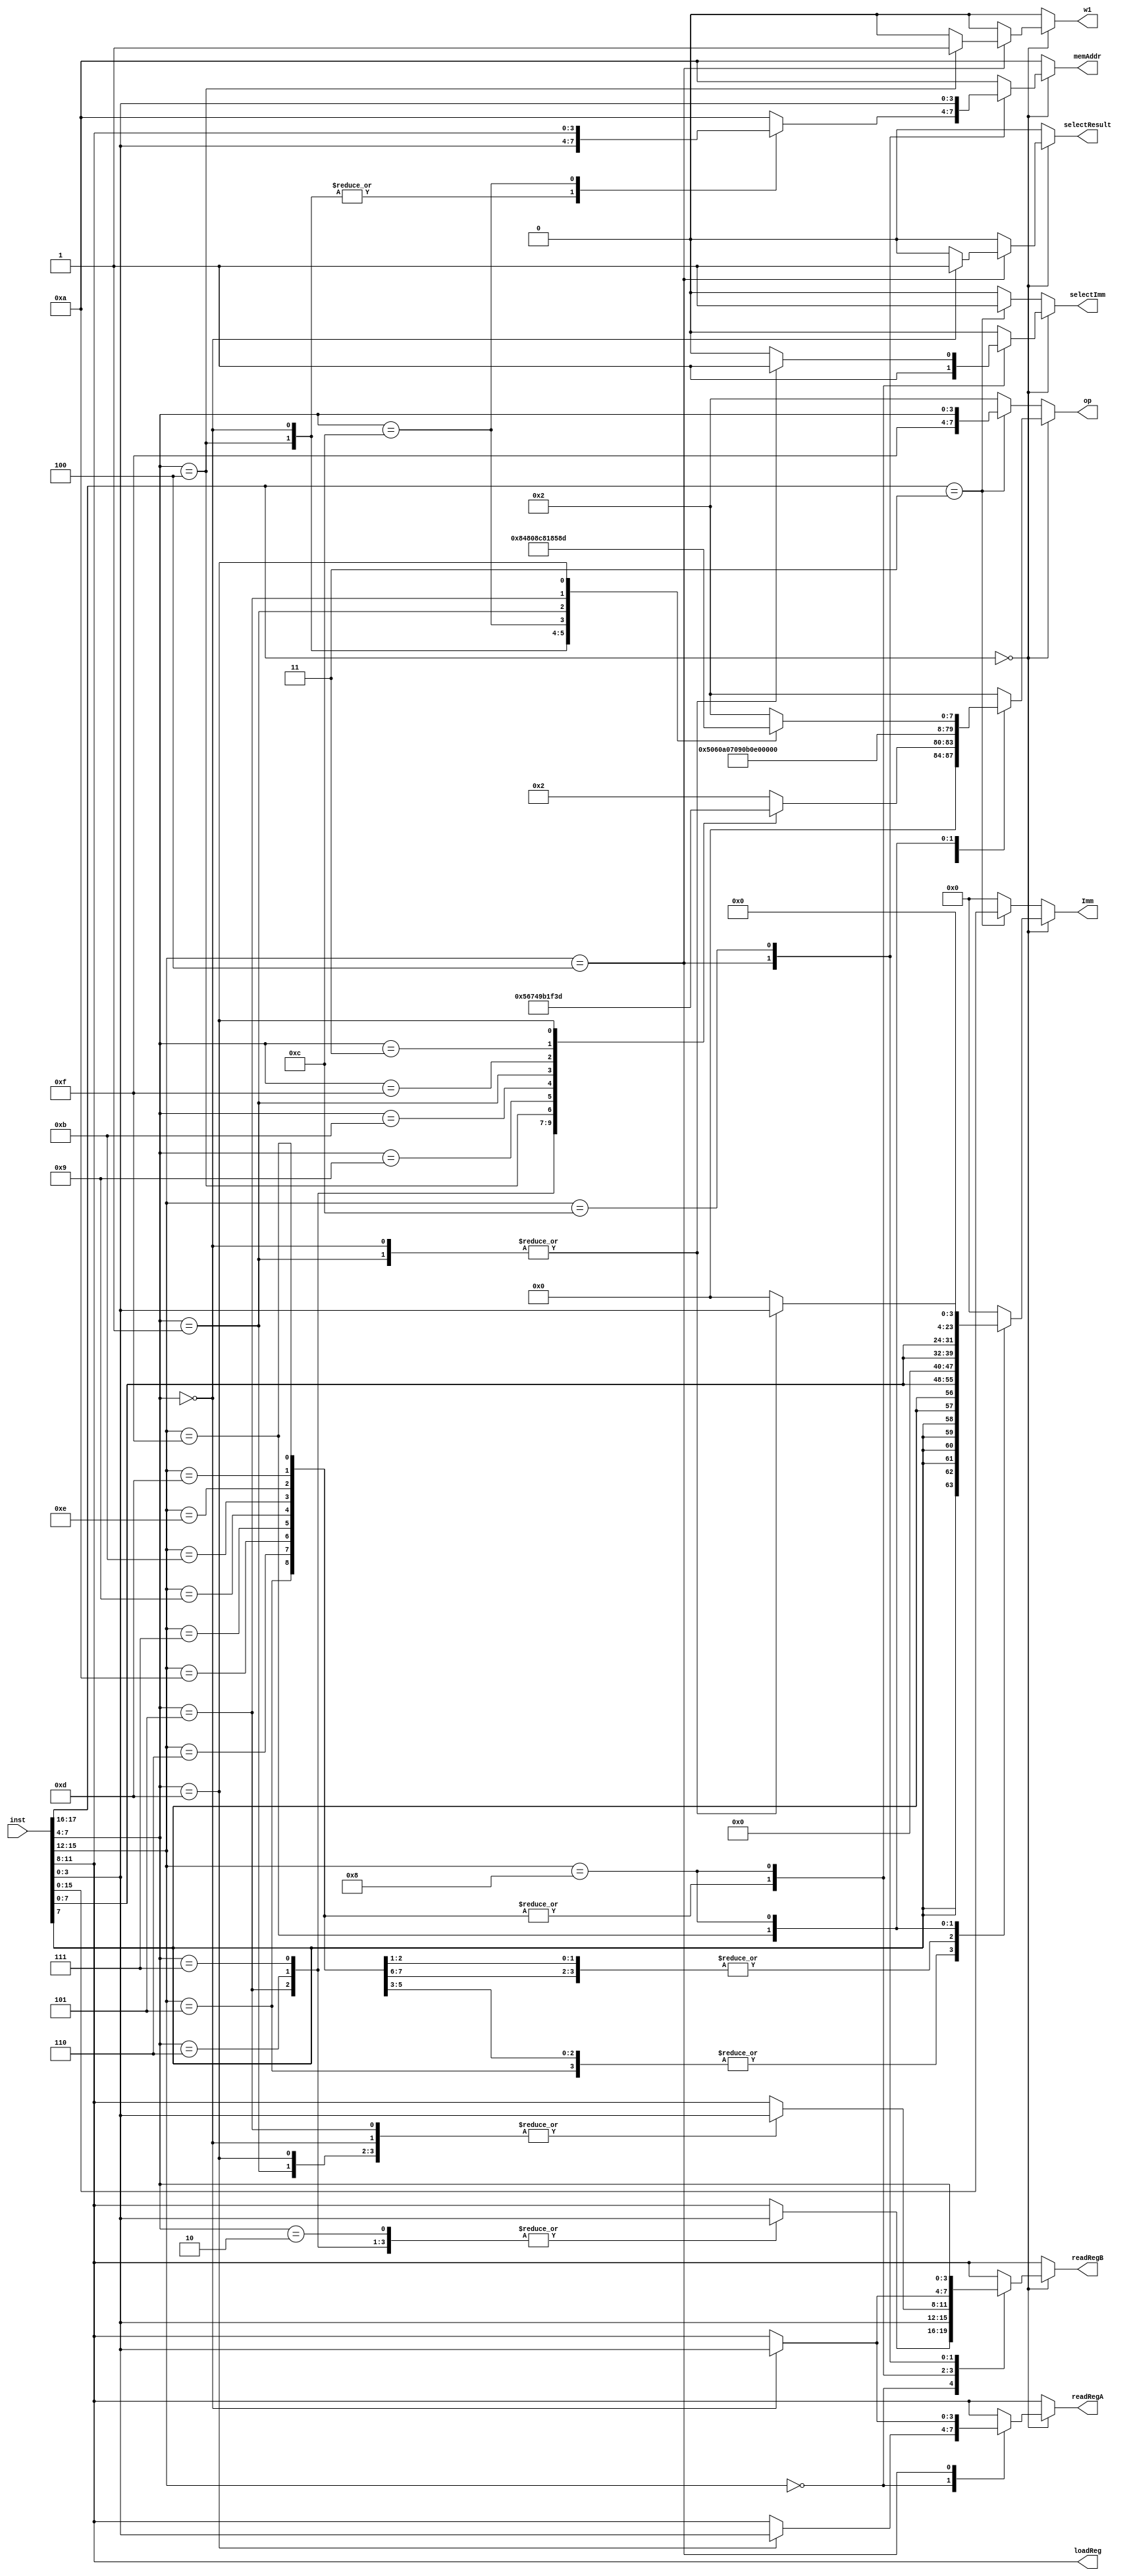
`timescale 1ns / 1ps
//////////////////////////////////////////////////////////////////////////////////
// Company: 
// Engineer: 
// Module Name:    controller 
// Description: controller turns the 8-bit Imm value into a 16-bit immediate value
//      Signed instructions will have a sign-extended immediate value, Unsigned
//      instructions will have eight 0's added to Imm[15:8].  LUI will shift the
//		  8-bit Imm value up to Imm[15:8] and add eight 0's to fill Imm[7:0].
//
//////////////////////////////////////////////////////////////////////////////////
module decoder(
    input [17:0] inst,
    output reg [7:0] op,
	 output reg [15:0] Imm, // Imm needs to be sign-extended or 0-extended when applicable
	 output reg selectImm, selectResult, w1, //e1,
	 output reg [3:0] memAddr,
	 output reg [3:0] readRegA,
	 output reg [3:0] readRegB,
	 output reg [3:0] loadReg
    );
	
	
	
	parameter RTYPE = 4'b0000;
	//parameter ADD_0 = 4'b0000; 
	parameter ADD_1 = 4'b0101;
	parameter ADDI = 4'b0101;
	//parameter ADDU_0 = 4'b0000;
	parameter ADDU_1 = 4'b0110;
	parameter ADDUI = 8'b0110;
	//parameter ADDC_0 = 4'b0000;
	parameter ADDC_1 = 4'b0111;
	//parameter ADDCU_0 = 4'b0000;
	parameter ADDCU_1 = 4'b0100;
	parameter ADDCUI = 4'b1010; // Replaces SUBCI
	parameter ADDCI = 4'b0111;
	//parameter SUB_0 = 4'b0000;
	parameter SUB_1 = 4'b1001;
	parameter SUBI = 4'b1001;
	//parameter CMP_0 = 4'b0000;
	parameter CMP_1 = 4'b1011;
	parameter CMPI = 4'b1011;
	parameter CMPUI = 4'b1110; // Replaces MULI
	//parameter AND_0 = 4'b0000;
	parameter AND_1 = 4'b0001;
	//parameter OR_0 = 4'b0000;
	parameter OR_1 = 4'b0010;
	//parameter XOR_0 = 4'b0000;
	parameter XOR_1 = 4'b0011;
	//parameter NOT_0 = 4'b0000;
	parameter NOT_1 = 4'b1111;
	parameter SHIFT = 4'b1000;
	//parameter LSH_0 = 4'b1000;
	parameter LSH_1 = 4'b0100; 
	//parameter LSHI_0 = 4'b1000;
	parameter LSHI_1 = 4'b0000; // Imm is unsigned
	//parameter RSH_0 = 4'b1000;
	parameter RSH_1 = 4'b1100;
	//parameter RSHI_0 = 4'b1000;
	parameter RSHI_1 = 4'b0001; // Imm is unsigned
	//parameter ALSH_0 = 4'b1000;
	parameter ALSH_1 = 4'b0101; // Interprets RSrc as Unsigned
	//parameter ARSH_0 = 4'b1000;
	parameter ARSH_1 = 4'b1101; // Interprets RSrc as Unsigned
	
	//1101, 0100, 1111, 0000, 0101, 0110, 1010, 0111, 1001, 1011, 1110, 1000
	// 0000
	// 0100
	// 0101
	// 0110
	// 0111
	// 1000
	// 1001
	// 1010
	// 1011
	// 1101
	// 1110
	// 1111
	
	// still have 0001, 0010, 0011, and 1100 free
	// use 1100 for the new Glyph Load instruction
	
	parameter MEM = 4'b0100;
	parameter LOAD_1 = 4'b0000;
	parameter STOR_1 = 4'b0100;
	parameter LUI = 4'b1111;
	// MOV_0 = 4'b0000;
	parameter MOV_1 = 4'b1101;
	parameter MOVI = 4'b1101;
	
	parameter GSTOR = 4'b1100;
	
	//parameter LOAD = 2'b10; // This is a read instruction and reads the value in memory[RAddr] and stores in RDest
	//parameter STOR = 2'b11; // This is a write instruction and writes the value in RDest to memory[RAddr]
	
	// MEM is the opcode, JCOND and SCOND are the secondary codes, JUC through BLE are stored in bits [3:0]
	// JCOND will be absolute memory jumps
	// SCOND will be relative memory jumps
	parameter JCOND = 4'b1100; // JCOND uses unsigned comparison for BEQ through BLT
	//parameter SCOND = 4'b0100; // SCOND is the same as the MEM and is a signed comparison for BEQ through BLE
	parameter JUC = 4'b1110; // JUC jumps directly 
	parameter BEQ = 4'b0000;
	parameter BNEQ = 4'b0001;
	parameter BGT = 4'b0110;
	parameter BLT = 4'b0111;
	parameter BGE = 4'b1101;
	parameter BLE = 4'b1100;
	
	
	always @ (*) begin
		w1 <= 1'b0;
		selectResult <= 1'b0;
		selectImm <= 1'b0;
		Imm <= 16'b0000000000000000;
		//e1 <= 1'b0;
		op <= 8'b00000000;
		readRegA <= inst[11:8];
		readRegB <= inst[3:0];
		loadReg <= inst[11:8];
		memAddr <= 4'b1010;
		if (inst[17:16] == 2'b00) begin
			case (inst[15:12])
				RTYPE: begin
					case (inst[7:4])
						ADD_1: begin
								op <= {RTYPE, ADD_1};
								readRegA <= inst[11:8];
								readRegB <= inst[3:0];
								loadReg <= inst[11:8];
							end
						ADDU_1: begin
								op <= {RTYPE, ADDU_1};
								readRegA <= inst[11:8];
								readRegB <= inst[3:0];
								loadReg <= inst[11:8];
							end
						ADDC_1: begin
								op <= {RTYPE, ADDC_1};
								readRegA <= inst[11:8];
								readRegB <= inst[3:0];
								loadReg <= inst[11:8];
							end
						ADDCU_1: begin
								op <= {RTYPE, ADDCU_1};
								readRegA <= inst[11:8];
								readRegB <= inst[3:0];
								loadReg <= inst[11:8];
							end
						SUB_1: begin
								op <= {RTYPE, SUB_1};
								readRegA <= inst[11:8];
								readRegB <= inst[3:0];
								loadReg <= inst[11:8];
							end
						CMP_1: begin
								op <= {RTYPE, CMP_1};
								readRegA <= inst[11:8];
								readRegB <= inst[3:0];
								loadReg <= inst[11:8];
							end
						AND_1: begin
								op <= {RTYPE, AND_1};
								readRegA <= inst[11:8];
								readRegB <= inst[3:0];
								loadReg <= inst[11:8];
							end
						OR_1: begin
								op <= {RTYPE, OR_1};
								readRegA <= inst[11:8];
								readRegB <= inst[3:0];
								loadReg <= inst[11:8];
							end
						NOT_1: begin
								op <= {RTYPE, NOT_1};
								readRegA <= inst[11:8];
								readRegB <= inst[3:0];
								loadReg <= inst[11:8];
							end
						XOR_1: begin
								op <= {RTYPE, XOR_1};
								readRegA <= inst[11:8];
								readRegB <= inst[3:0];
								loadReg <= inst[11:8];
							end
						MOV_1: begin
								op <= {RTYPE, MOV_1};
								readRegA <= inst[3:0];
								readRegB <= inst[3:0];
								loadReg <= inst[11:8];
							end
						default: begin
								op <= {RTYPE, OR_1};
								readRegA <= inst[11:8];
								readRegB <= inst[11:8];
								loadReg <= inst[11:8];
							end
					endcase
				end
				ADDI: begin
						op <= {ADDI, 4'b0};
						readRegA <= inst[11:8];
						readRegB <= inst[3:0];
						loadReg <= inst[11:8];
						selectImm <= 1'b1;
						Imm <= {inst[7], inst[7], inst[7], inst[7], inst[7], inst[7], inst[7], inst[7], inst[7:0]};
					end
				ADDUI: begin
						op <= {ADDUI, 4'b0};
						readRegA <= inst[11:8];
						readRegB <= inst[3:0];
						loadReg <= inst[11:8];
						selectImm <= 1'b1;
						Imm <= {8'b00000000, inst[7:0]};
					end
				ADDCUI: begin
						op <= {ADDCUI, 4'b0};
						readRegA <= inst[11:8];
						readRegB <= inst[3:0];
						loadReg <= inst[11:8];
						selectImm <= 1'b1;
						Imm <= {8'b00000000, inst[7:0]};
					end
				ADDCI: begin
						op <= {ADDCI, 4'b0};
						readRegA <= inst[11:8];
						readRegB <= inst[3:0];
						loadReg <= inst[11:8];
						selectImm <= 1'b1;
						Imm <= {inst[7], inst[7], inst[7], inst[7], inst[7], inst[7], inst[7], inst[7], inst[7:0]};
					end
				SUBI: begin
						op <= {SUBI, 4'b0};
						readRegA <= inst[11:8];
						readRegB <= inst[3:0];
						loadReg <= inst[11:8];
						selectImm <= 1'b1;
						Imm <= {inst[7], inst[7], inst[7], inst[7], inst[7], inst[7], inst[7], inst[7], inst[7:0]};
					end
				CMPI: begin
						op <= {CMPI, 4'b0};
						readRegA <= inst[11:8];
						readRegB <= inst[3:0];
						loadReg <= inst[11:8];
						selectImm <= 1'b1;
						Imm <= {inst[7], inst[7], inst[7], inst[7], inst[7], inst[7], inst[7], inst[7], inst[7:0]};
					end
				CMPUI: begin
						op <= {CMPUI, 4'b0};
						readRegA <= inst[11:8];
						readRegB <= inst[3:0];
						loadReg <= inst[11:8];
						selectImm <= 1'b1;
						Imm <= {8'b00000000, inst[7:0]};
					end
				MOVI: begin
						op <= {MOVI, 4'b0};
						readRegA <= inst[11:8];
						readRegB <= inst[3:0];
						loadReg <= inst[11:8];
						selectImm <= 1'b1;
						Imm <= {8'b00000000, inst[7:0]};
					end
				LUI: begin
						op <= {LUI, 4'b0};
						readRegA <= inst[11:8];
						readRegB <= inst[3:0];
						loadReg <= inst[11:8];
						selectImm <= 1'b1;
						Imm <= {inst[7:0], 8'b00000000};
					end
				SHIFT: begin
					case (inst[7:4])
						LSH_1: begin
								op <= {SHIFT, LSH_1};
								readRegA <= inst[11:8];
								readRegB <= inst[3:0];
								loadReg <= inst[11:8];
							end
						LSHI_1: begin
								op <= {SHIFT, LSHI_1};
								readRegA <= inst[11:8];
								readRegB <= inst[3:0];
								loadReg <= inst[11:8];
								selectImm <= 1'b1;
								Imm <= {12'b000000000000, inst[3:0]};
							end
						RSH_1: begin
								op <= {SHIFT, RSH_1};
								readRegA <= inst[11:8];
								readRegB <= inst[3:0];
								loadReg <= inst[11:8];
							end
						RSHI_1: begin
								op <= {SHIFT, RSHI_1};
								readRegA <= inst[11:8];
								readRegB <= inst[3:0];
								loadReg <= inst[11:8];
								selectImm <= 1'b1;
								Imm <= {12'b000000000000, inst[3:0]};
							end
						ALSH_1: begin
								op <= {SHIFT, ALSH_1};
								readRegA <= inst[11:8];
								readRegB <= inst[3:0];
								loadReg <= inst[11:8];
							end
						ARSH_1: begin
								op <= {SHIFT, ARSH_1};
								readRegA <= inst[11:8];
								readRegB <= inst[3:0];
								loadReg <= inst[11:8];
							end
						default: begin
								op <= {RTYPE, OR_1};
								readRegA <= inst[11:8];
								readRegB <= inst[11:8];
								loadReg <= inst[11:8];
							end
					endcase
				end
				MEM: begin
					// LOAD and STOR take two cycles to complete, so duplicate the LOAD instruction, and use
					// a NOP instruction on the STOR instruction
					case (inst[7:4])
						LOAD_1: begin
							// LOAD takes the value stored in mem[RAddr] and loads it into RDest
							// where RAddr = inst[3:0] and RDest = inst[11:8]
							op <= {RTYPE, OR_1};
							memAddr <= inst[3:0];
							readRegA <= inst[3:0];
							readRegB <= inst[3:0];
							loadReg <= inst[11:8];
							// selectResult selects the value out of the memory
							selectResult <= 1'b1;
							//e1 <= 1'b1;
						end
						STOR_1: begin
							// STOR takes the value stored in RSrc and stores it in mem[RAddr]
							// where RSrc = inst[11:8] and RAddr = inst[3:0]
							op <= {RTYPE, OR_1};
							memAddr <= inst[3:0];
							readRegA <= inst[11:8];
							readRegB <= inst[11:8];
							loadReg <= inst[11:8];
							w1 <= 1'b1;
							//e1 <= 1'b1;
						end
						JCOND: begin
							// These should all essentially be the same
							memAddr <= inst[11:8];
							case (inst[3:0])
								JUC: begin
									// get the address out of inst[11:8] and throw it up to the PC counter
									op <= {RTYPE, OR_1};
									readRegA <= inst[11:8];
									readRegB <= inst[11:8];
									loadReg <= inst[11:8];
								end
								BEQ: begin
									// Check the flags after a CMP operation
									// get the address out of inst[11:8] and throw it up the PC counter if
									// Z <= 1
								
									op <= {RTYPE, OR_1};
									readRegA <= inst[11:8];
									readRegB <= inst[11:8];
									loadReg <= inst[11:8];
								end
								BNEQ: begin
									// Check the flags after a CMP operation
									// get the address out of inst[11:8] and throw it up to the PC counter if
									// Z <= 0;
								
									op <= {RTYPE, OR_1};
									readRegA <= inst[11:8];
									readRegB <= inst[11:8];
									loadReg <= inst[11:8];
								end
								BGT: begin
									// Check the flags after a CMP operation
									// get the address out of inst[11:8] and throw it up to the PC counter if
									// Z <= 0;
								
									op <= {RTYPE, OR_1};
									readRegA <= inst[11:8];
									readRegB <= inst[11:8];
									loadReg <= inst[11:8];
								end
								BLT: begin
									// Check the flags after a CMP operation
									// get the address out of inst[11:8] and throw it up to the PC counter if
									// Z <= 0;
								
									op <= {RTYPE, OR_1};
									readRegA <= inst[11:8];
									readRegB <= inst[11:8];
									loadReg <= inst[11:8];
								end
								BGE: begin
									// Check the flags after a CMP operation
									// get the address out of inst[11:8] and throw it up to the PC counter if
									// Z <= 0;
								
									op <= {RTYPE, OR_1};
									readRegA <= inst[11:8];
									readRegB <= inst[11:8];
									loadReg <= inst[11:8];
								end
								BLE: begin
									// Check the flags after a CMP operation
									// get the address out of inst[11:8] and throw it up to the PC counter if
									// Z <= 0;
								
									op <= {RTYPE, OR_1};
									readRegA <= inst[11:8];
									readRegB <= inst[11:8];
									loadReg <= inst[11:8];
								end
								default: begin
									op <= {RTYPE, OR_1};
									readRegA <= inst[11:8];
									readRegB <= inst[11:8];
									loadReg <= inst[11:8];
								end
							endcase
						end
//						BCOND: begin
//							
//						end
						default: begin
							op <= {RTYPE, OR_1};
							readRegA <= inst[11:8];
							readRegB <= inst[11:8];
							loadReg <= inst[11:8];
						end
					endcase
				end
				GSTOR: begin
					// GSTOR needs 3 registers to work correctly
					// RTop, RBottom, and RAddr
					// RTop needs to be in RegA, RBottom needs to be in RegB, and RAddr will come out of MemAddr
					// This operation cannot load values into any register, so turn off the loadRegEnable bit in
					// decoder.
					op <= {RTYPE, OR_1};
					readRegA <= inst[11:8]; // RTop.  This register holds the top glyph to be stored in memory in its bottom 6 bits
					readRegB <= inst[7:4]; // RBottom.  This register holds the bottom 2 glyphs to be stored in memory in its bottom 12 bits
					memAddr <= inst[3:0]; // RAddr. This register holds the address for the 3 glyphs to be overwritten
					loadReg <= inst[11:8]; // don't use this!
				end
				default: begin
					op <= {RTYPE, OR_1};
					readRegA <= inst[11:8];
					readRegB <= inst[11:8];
					loadReg <= inst[11:8];
				end
			endcase
		end
		else begin
			case (inst[17:16])
				2'b11: begin
					// might be useful to always load the result into the same register so we can use
					// all 16 bits for the LI.
					op <= {LUI, inst[7:4]};
					readRegA <= inst[11:8];
					readRegB <= inst[11:8];
					loadReg <= inst[11:8];
					selectImm <= 1'b1;
					Imm <= inst[15:0];
				end
				default: begin
					op <= {RTYPE, OR_1};
					readRegA <= inst[11:8];
					readRegB <= inst[11:8];
					loadReg <= inst[11:8];
				end
			endcase
		end
	end

endmodule